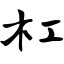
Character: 杠